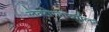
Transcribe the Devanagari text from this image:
लैक्टोग्लॉब्युलिन